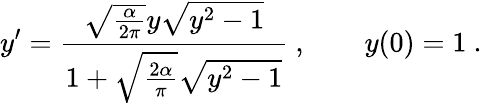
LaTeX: y^{\prime}=\frac{\sqrt{\frac{\alpha}{2\pi}}y\sqrt{y^{2}-1}}{1+\sqrt{\frac{2\alpha}{\pi}}\sqrt{y^{2}-1}}\ ,\qquad y(0)=1\ .